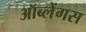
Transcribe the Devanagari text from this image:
ऑब्लेंगस